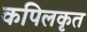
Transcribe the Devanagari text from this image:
कपिलकृत